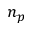
n _ { p }